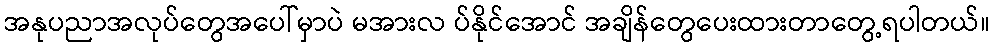
အနုပညာအလုပ်တွေအပေါ်မှာပဲ မအားလ ပ်နိုင်အောင် အချိန်တွေပေးထားတာတွေ့ရပါတယ်။